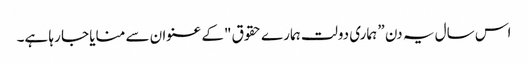
اس سال یہ دن ” ہماری دولت ہمارے حقوق "کے عنوان سے منایا جا رہا ہے۔